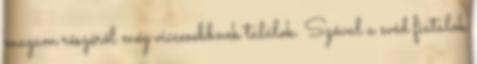
magam részéről még viccesebbnek találok. Szóval a svéd fiatalok